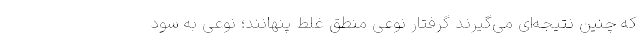
که چنین نتیجه‌ای می‌گیرند گرفتار نوعی منطق غلط پنهانند؛ نوعی به سودِ